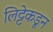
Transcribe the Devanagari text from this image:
लिट्टेकडून